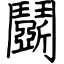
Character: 鬬